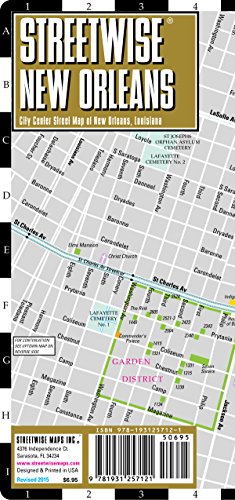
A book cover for Streetwise New Orleans Map - Laminated City Center Street Map of New Orleans, Louisiana; Streetwise Maps; Reference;